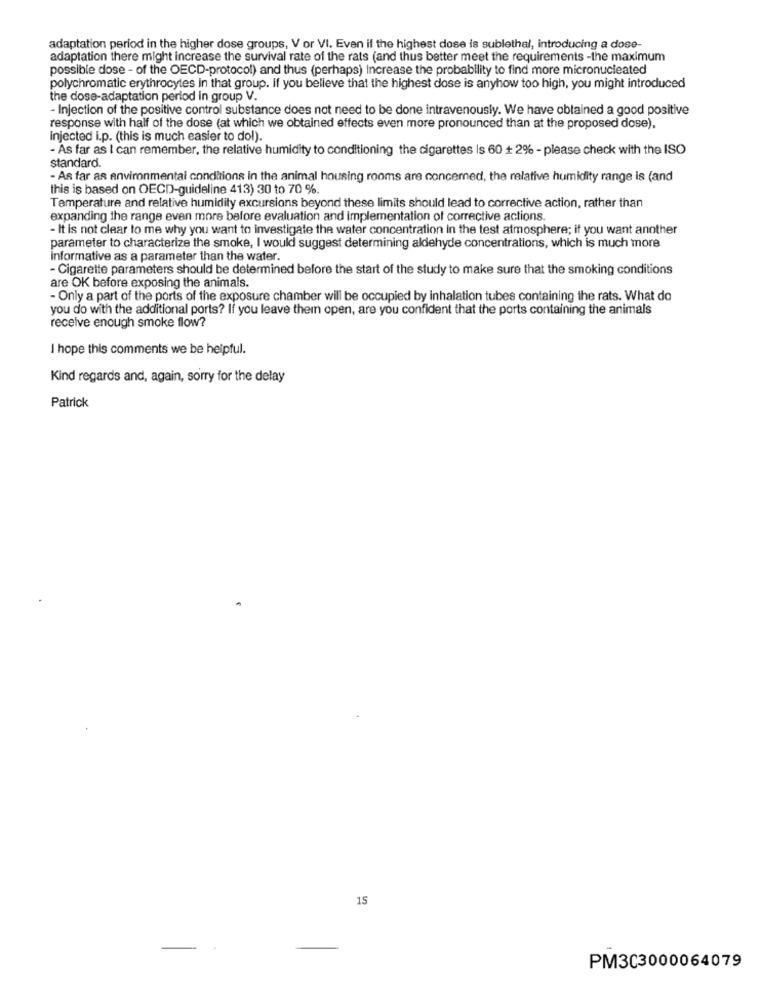
adaptation period in the higher dose groups, V or VI. Even if the highest dose is sublethal, introducing a dose-
adaptation there might increase the survival rate of the rats (and thus better meet the requirements -the maximum
possible dose - of the OECD-protocol) and thus (perhaps) Increase the probability to find more micronucieated
polychromatic erythrocytes in that group. If you believe that the highest dose is anyhow too high, you might introduced
the dose-adaptation period in group V.
- Injection of the positive control substance does not need to be done intravenously. We have obtained a good positive
response with half of the dose (at which we obtained effects even more pronounced than at the proposed dose),
injected i.p. (this is much easier to dol).
- As far as I can remember, the relative humidity to conditioning the cigarettes Is 60 + 2% - please check with the ISO
standard.
- As far as environmental conditions in the animal housing rooms are concerned, the relative humidity range is (and
this is based on OECD-guideline 413) 30 to 70 %.
Temperature and relative humidity excursions beyond these limits should lead to corrective action, rather than
expanding the range even more before evaluation and implementation of corrective actions.
- It is not clear to me why you want to investigate the water concentration in the test atmosphere; if you want another
parameter to characterize the smoke, I would suggest determining aldehyde concentrations, which is much more
informative as a parameter than the water.
- Cigarette parameters should be determined before the start of the study to make sure that the smoking conditions
are OK before exposing the animals.
- Only a part of the ports of the exposure chamber will be occupied by inhalation tubes containing the rats. What do
you do with the additional ports? If you leave them open, are you confident that the ports containing the animals
receive enough smoke flow?
I hope this comments we be helpful.
Kind regards and, again, sorry for the delay
Patrick
15
PM3C3000064079